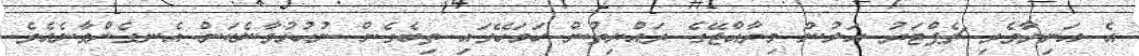
އެ އަނިޔާވެރި ޗެޕްޓަރު އަލުން މިރާއްޖޭގެ ރައްޔިތުން ހަމަހޭގައި ތިބެގެން ނުހުޅުވާނެކަން އެނގެންވާނެއެވެ.